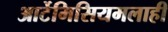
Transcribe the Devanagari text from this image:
आर्टेमिसियमलाही